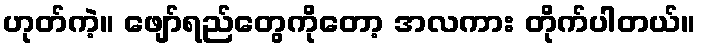
ဟုတ်ကဲ့။ ဖျော်ရည်တွေကိုတော့ အလကား တိုက်ပါတယ်။